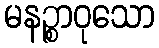
မနဉ္စာဝုသော